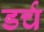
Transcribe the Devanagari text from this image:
डर्च